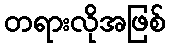
တရားလိုအဖြစ်